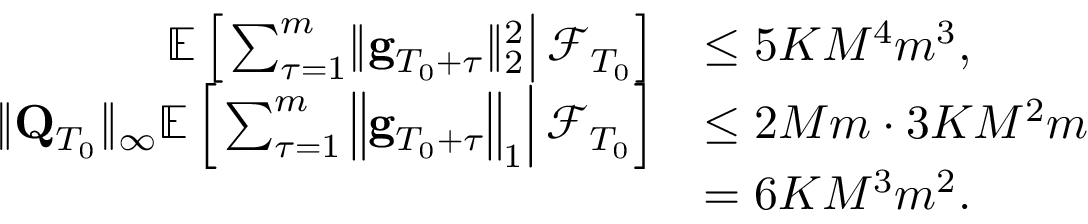
\begin{array} { r l } { \mathbb E \left[ \left. \sum _ { \tau = 1 } ^ { m } \lVert \mathbf g _ { T _ { 0 } + \tau } \rVert _ { 2 } ^ { 2 } \right\rvert \mathcal F _ { T _ { 0 } } \right] } & { \le 5 K M ^ { 4 } m ^ { 3 } , } \\ { \lVert \mathbf Q _ { T _ { 0 } } \rVert _ { \infty } \mathbb E \left[ \left. \sum _ { \tau = 1 } ^ { m } \left\lVert \mathbf g _ { T _ { 0 } + \tau } \right\rVert _ { 1 } \right\rvert \mathcal F _ { T _ { 0 } } \right] } & { \le 2 M m \cdot 3 K M ^ { 2 } m } \\ & { = 6 K M ^ { 3 } m ^ { 2 } . } \end{array}